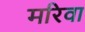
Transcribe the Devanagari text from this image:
मरिवा